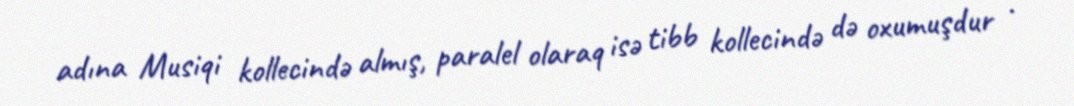
adına Musiqi kollecində almış, paralel olaraq isə tibb kollecində də oxumuşdur .